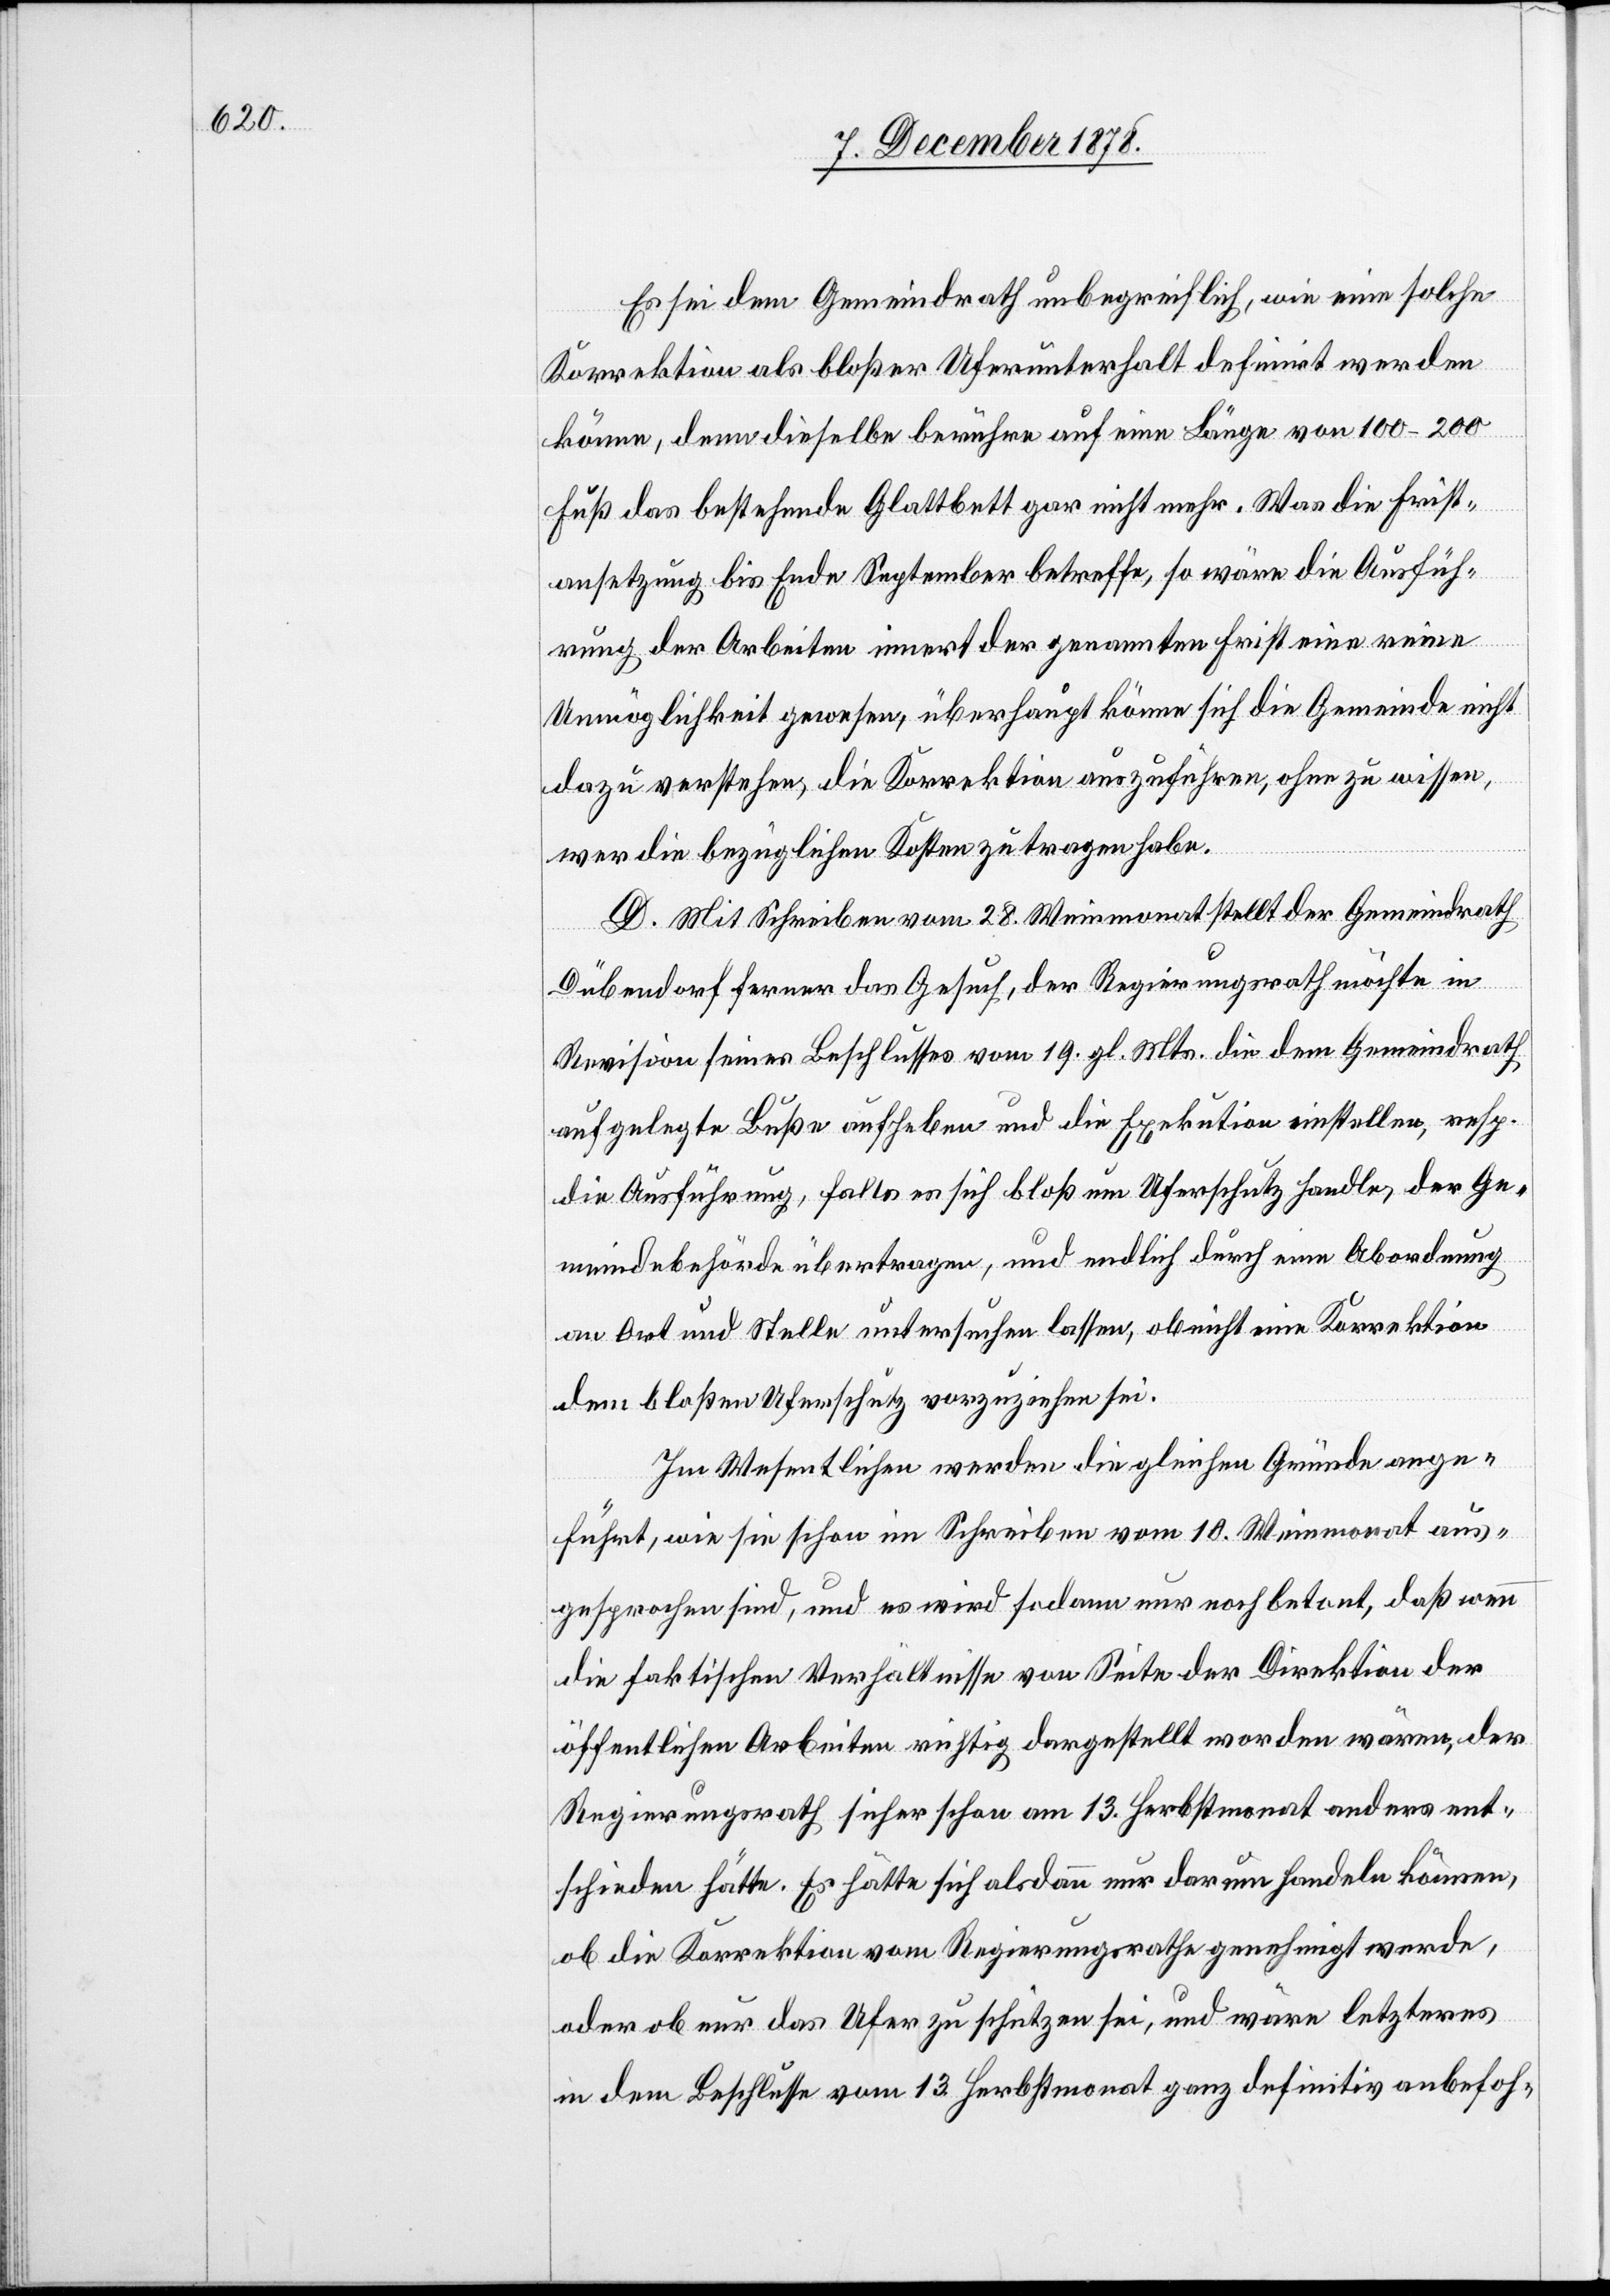
Es sei dem Gemeindrath unbegreiflich, wie eine solche
Korrektion als bloßer Uferunterhalt definirt werden
könne, denn dieselbe berühre auf eine Länge von 100–200
Fuß das bestehende Glattbett gar nicht mehr. Was die Frist¬
ansetzung bis Ende September betreffe, so wäre die Ausfüh¬
rung der Arbeiten innert der genannten Frist eine reine
Unmöglichkeit gewesen, überhaupt könne sich die Gemeinde nicht
dazu verstehen, die Korrektion auszuführen, ohne zu wissen,
wer die bezüglichen Kosten zu tragen habe.
D. Mit Schreiben vom 28. Weinmonat stellt der Gemeindrath
Dübendorf ferner das Gesuch, der Regierungsrath möchte in
Revision seines Beschlusses vom 19. gl. Mts. die dem Gemeindrath
aufgelegte Buße aufheben und die Exekution einstellen, resp.
die Ausführung, falls es sich bloß um Uferschutz handle, der Ge¬
meindebehörde übertragen, und endlich durch eine Abordnung
an Ort und Stelle untersuchen lassen, ob nicht eine Korrektion
dem bloßen Uferschutz vorzuziehen sei.
Im Wesentlichen werden die gleichen Gründe ange¬
führt, wie sie schon im Schreiben vom 10. Weinmonat aus¬
gesprochen sind, und es wird sodann nur noch betont, daß wenn
die faktischen Verhältnisse von Seite der Direktion der
öffentlichen Arbeiten richtig dargestellt worden wären, der
Regierungsrath sicher schon am 13. Herbstmonat anders ent¬
schieden hätte. Es hätte sich alsdann nur darum handeln können,
ob die Korrektion vom Regierungsrath genehmigt werde,
oder ob nur das Ufer zu schützen sei, und wäre letzteres
in dem Beschlusse vom 13. Herbstmonat ganz definitiv anbefoh-